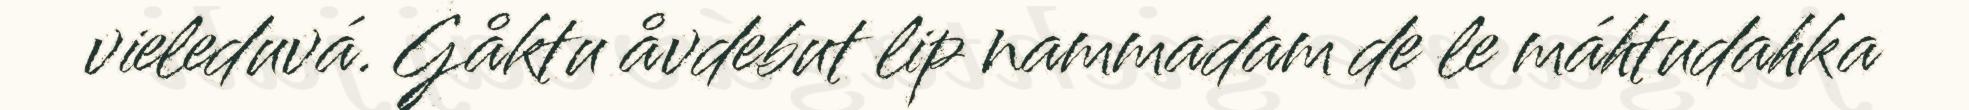
vieleduvá. Gåktu åvdebut lip nammadam de le máhtudahka